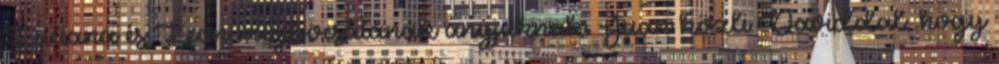
Luciana és Leon megbocsátanak anyjuknak. Juan közli Daviddal, hogy